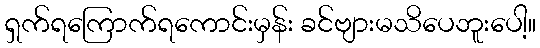
ရှက်ရကြောက်ရကောင်းမှန်း ခင်ဗျားမသိပေဘူးပေါ့။